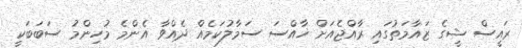
ރައީސް ޝީގެ ޒައާމަތުގައި ރާއްޖެއަށް ޚާއްސަ ސަމާލުކަމެއް ދެއްވާ އެންމެ މުހިންމު ސަބަބަކީ